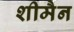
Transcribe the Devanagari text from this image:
शीमैन